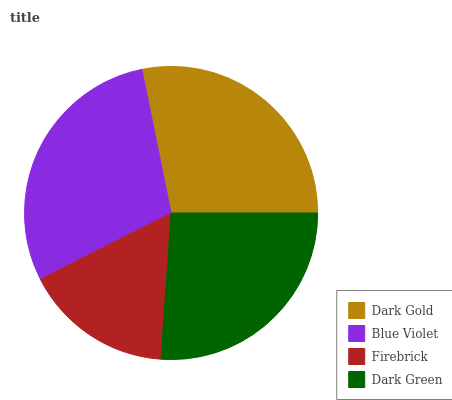
| Dark Gold | Blue Violet | Firebrick | Dark Green |
 | --- | --- | --- | --- |
 | 28.2% | 29.3% | 16.4% | 26.1% |